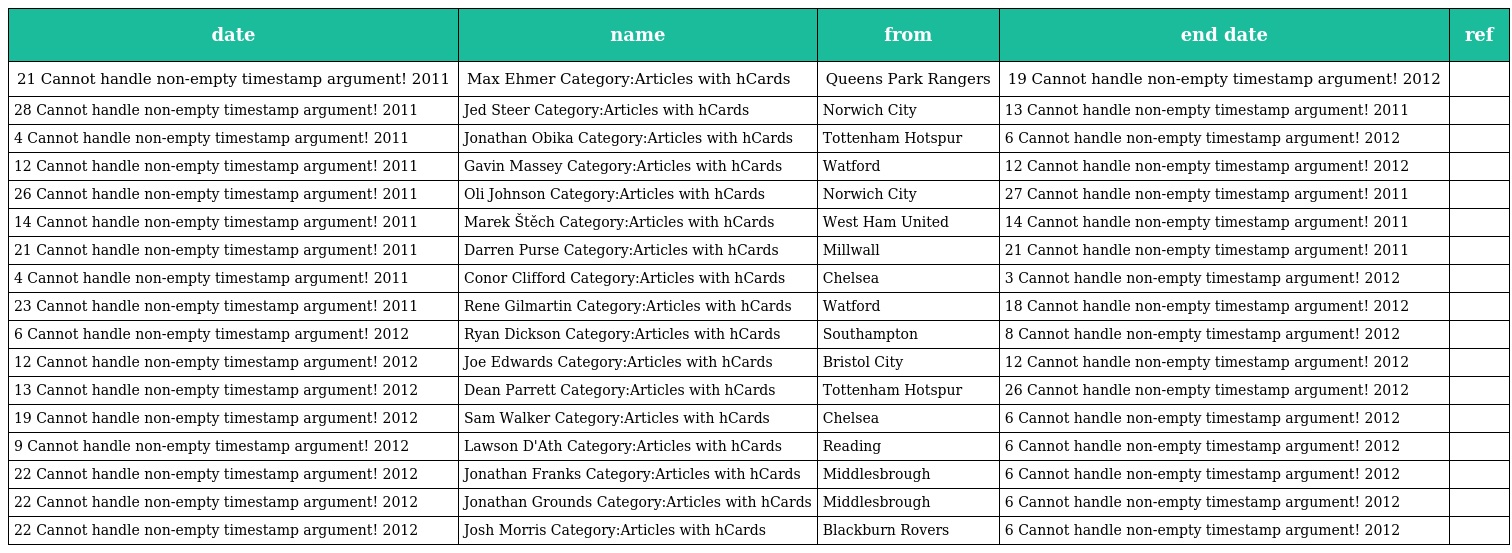
| date | name | from | end date | ref |
 | --- | --- | --- | --- | --- |
 | 21 Cannot handle non-empty timestamp argument! 2011 | Max Ehmer Category:Articles with hCards | Queens Park Rangers | 19 Cannot handle non-empty timestamp argument! 2012 |  |
 | 28 Cannot handle non-empty timestamp argument! 2011 | Jed Steer Category:Articles with hCards | Norwich City | 13 Cannot handle non-empty timestamp argument! 2011 |  |
 | 4 Cannot handle non-empty timestamp argument! 2011 | Jonathan Obika Category:Articles with hCards | Tottenham Hotspur | 6 Cannot handle non-empty timestamp argument! 2012 |  |
 | 12 Cannot handle non-empty timestamp argument! 2011 | Gavin Massey Category:Articles with hCards | Watford | 12 Cannot handle non-empty timestamp argument! 2012 |  |
 | 26 Cannot handle non-empty timestamp argument! 2011 | Oli Johnson Category:Articles with hCards | Norwich City | 27 Cannot handle non-empty timestamp argument! 2011 |  |
 | 14 Cannot handle non-empty timestamp argument! 2011 | Marek Štěch Category:Articles with hCards | West Ham United | 14 Cannot handle non-empty timestamp argument! 2011 |  |
 | 21 Cannot handle non-empty timestamp argument! 2011 | Darren Purse Category:Articles with hCards | Millwall | 21 Cannot handle non-empty timestamp argument! 2011 |  |
 | 4 Cannot handle non-empty timestamp argument! 2011 | Conor Clifford Category:Articles with hCards | Chelsea | 3 Cannot handle non-empty timestamp argument! 2012 |  |
 | 23 Cannot handle non-empty timestamp argument! 2011 | Rene Gilmartin Category:Articles with hCards | Watford | 18 Cannot handle non-empty timestamp argument! 2012 |  |
 | 6 Cannot handle non-empty timestamp argument! 2012 | Ryan Dickson Category:Articles with hCards | Southampton | 8 Cannot handle non-empty timestamp argument! 2012 |  |
 | 12 Cannot handle non-empty timestamp argument! 2012 | Joe Edwards Category:Articles with hCards | Bristol City | 12 Cannot handle non-empty timestamp argument! 2012 |  |
 | 13 Cannot handle non-empty timestamp argument! 2012 | Dean Parrett Category:Articles with hCards | Tottenham Hotspur | 26 Cannot handle non-empty timestamp argument! 2012 |  |
 | 19 Cannot handle non-empty timestamp argument! 2012 | Sam Walker Category:Articles with hCards | Chelsea | 6 Cannot handle non-empty timestamp argument! 2012 |  |
 | 9 Cannot handle non-empty timestamp argument! 2012 | Lawson D'Ath Category:Articles with hCards | Reading | 6 Cannot handle non-empty timestamp argument! 2012 |  |
 | 22 Cannot handle non-empty timestamp argument! 2012 | Jonathan Franks Category:Articles with hCards | Middlesbrough | 6 Cannot handle non-empty timestamp argument! 2012 |  |
 | 22 Cannot handle non-empty timestamp argument! 2012 | Jonathan Grounds Category:Articles with hCards | Middlesbrough | 6 Cannot handle non-empty timestamp argument! 2012 |  |
 | 22 Cannot handle non-empty timestamp argument! 2012 | Josh Morris Category:Articles with hCards | Blackburn Rovers | 6 Cannot handle non-empty timestamp argument! 2012 |  |